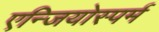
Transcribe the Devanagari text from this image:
एन्जियोस्पर्म